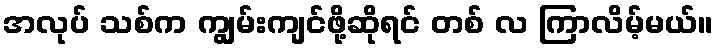
အလုပ် သစ်က ကျွမ်းကျင်ဖို့ဆိုရင် တစ် လ ကြာလိမ့်မယ်။